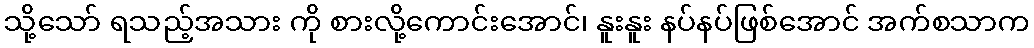
သို့သော် ရသည့်အသား ကို စားလို့ကောင်းအောင်၊ နူးနူး နပ်နပ်ဖြစ်အောင် အက်စသာက